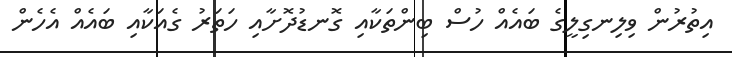
އިތުރުން ވިލިނގިލީގެ ބައެއް ހުސް ބިންތަކާއި ގޮނޑުދޮށާއި ހަތަރު ގެއަކާއި ބައެއް އެހެން